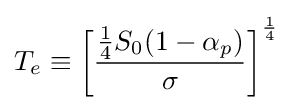
T_{e}\equiv \left[{\frac {{\frac {1}{4}}S_{0}(1-\alpha _{p})}{\sigma }}\right]^{\frac {1}{4}}